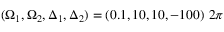
( \Omega _ { 1 } , \Omega _ { 2 } , \Delta _ { 1 } , \Delta _ { 2 } ) = ( 0 . 1 , 1 0 , 1 0 , - 1 0 0 ) ~ 2 \pi